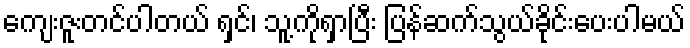
ကျေးဇူးတင်ပါတယ် ရှင်၊ သူ့ကိုရှာပြီး ပြန်ဆက်သွယ်ခိုင်းပေးပါမယ်